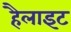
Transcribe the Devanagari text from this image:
हैलाइट